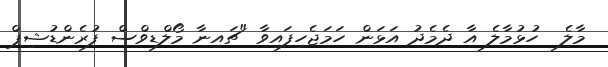
މާލެ  ހުޅުމާލެ އާ ދެމެދު އަޅަން ހަމަޖެހިފައިވާ "ޗައިނާ މޯލްޑިވްސް ފުރެންޑުޝިޕް